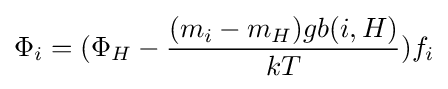
\Phi _{i}=(\Phi _{H}-{\frac {(m_{i}-m_{H})gb(i,H)}{kT}})f_{i}